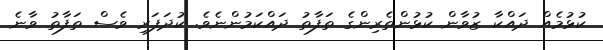
ކުޅުމެއް ދައްކާ ޒުވާން ކުޅުންތެރިންގެ ތަފާތު ދައްކަމުންނެވެ. ކުދަފަރި ވެސް ތަފާތު ވާނެ